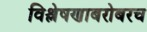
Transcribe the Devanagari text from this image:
विश्लेषणाबरोबरच